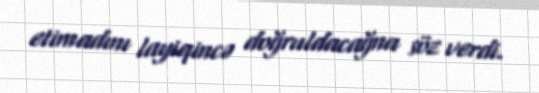
etimadını layiqincə doğruldacağna söz verdi.